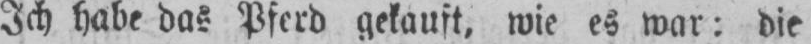
Ich habe das Pferd gekauft, wie es war: die